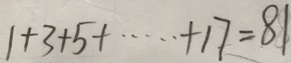
1 + 3 + 5 + \cdots + 1 7 = 8 1